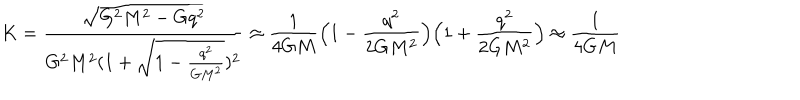
K = \frac { \sqrt { G ^ { 2 } M ^ { 2 } - G q ^ { 2 } } } { G ^ { 2 } M ^ { 2 } ( 1 + \sqrt { 1 - \frac { q ^ { 2 } } { G M ^ { 2 } } } ) ^ { 2 } } \approx \frac { 1 } { 4 G M } \Bigl ( 1 - \frac { q ^ { 2 } } { 2 G M ^ { 2 } } \Bigr ) \Bigl ( 1 + \frac { q ^ { 2 } } { 2 G M ^ { 2 } } \Bigr ) \approx \frac { 1 } { 4 G M }